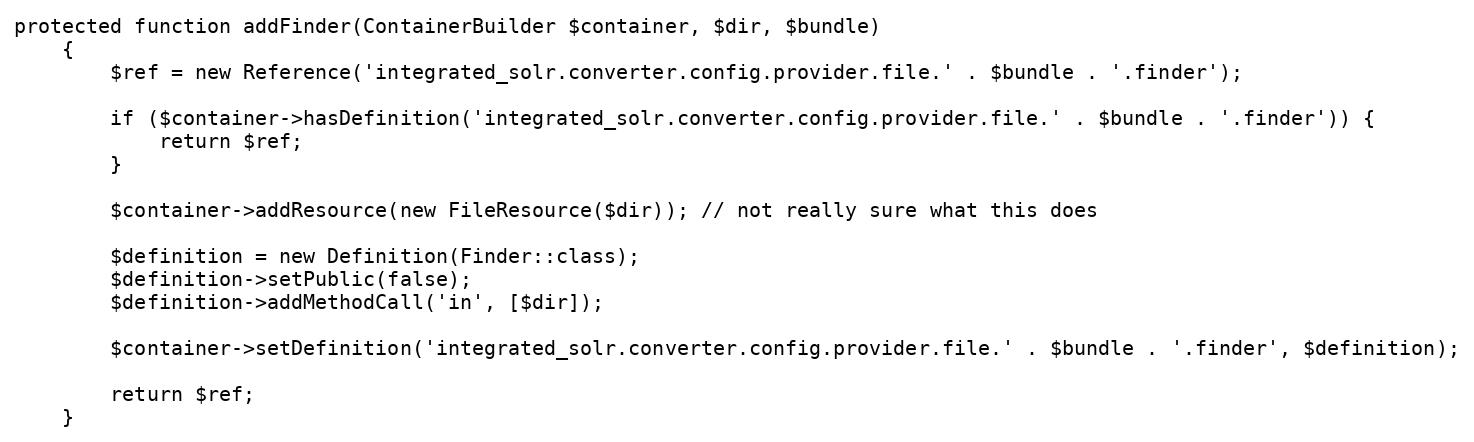
Language: PHP
protected function addFinder(ContainerBuilder $container, $dir, $bundle)
    {
        $ref = new Reference('integrated_solr.converter.config.provider.file.' . $bundle . '.finder');

        if ($container->hasDefinition('integrated_solr.converter.config.provider.file.' . $bundle . '.finder')) {
            return $ref;
        }

        $container->addResource(new FileResource($dir)); // not really sure what this does

        $definition = new Definition(Finder::class);
        $definition->setPublic(false);
        $definition->addMethodCall('in', [$dir]);

        $container->setDefinition('integrated_solr.converter.config.provider.file.' . $bundle . '.finder', $definition);

        return $ref;
    }